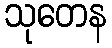
သုတေန